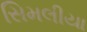
સિમલીયા